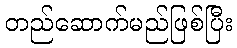
တည်ဆောက်မည်ဖြစ်ပြီး